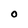
Character: 0